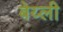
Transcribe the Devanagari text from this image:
बेय्ली